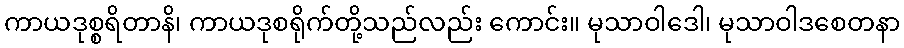
ကာယဒုစ္စရိတာနိ၊ ကာယဒုစရိုက်တို့သည်လည်း ကောင်း။ မုသာဝါဒေါ၊ မုသာဝါဒစေတနာ